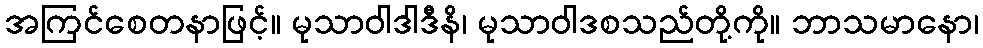
အကြင်စေတနာဖြင့်။ မုသာဝါဒါဒီနိ၊ မုသာဝါဒစသည်တို့ကို။ ဘာသမာနော၊